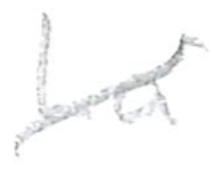
Text: La
Cross-out: diagonal
Writing tool: pencil